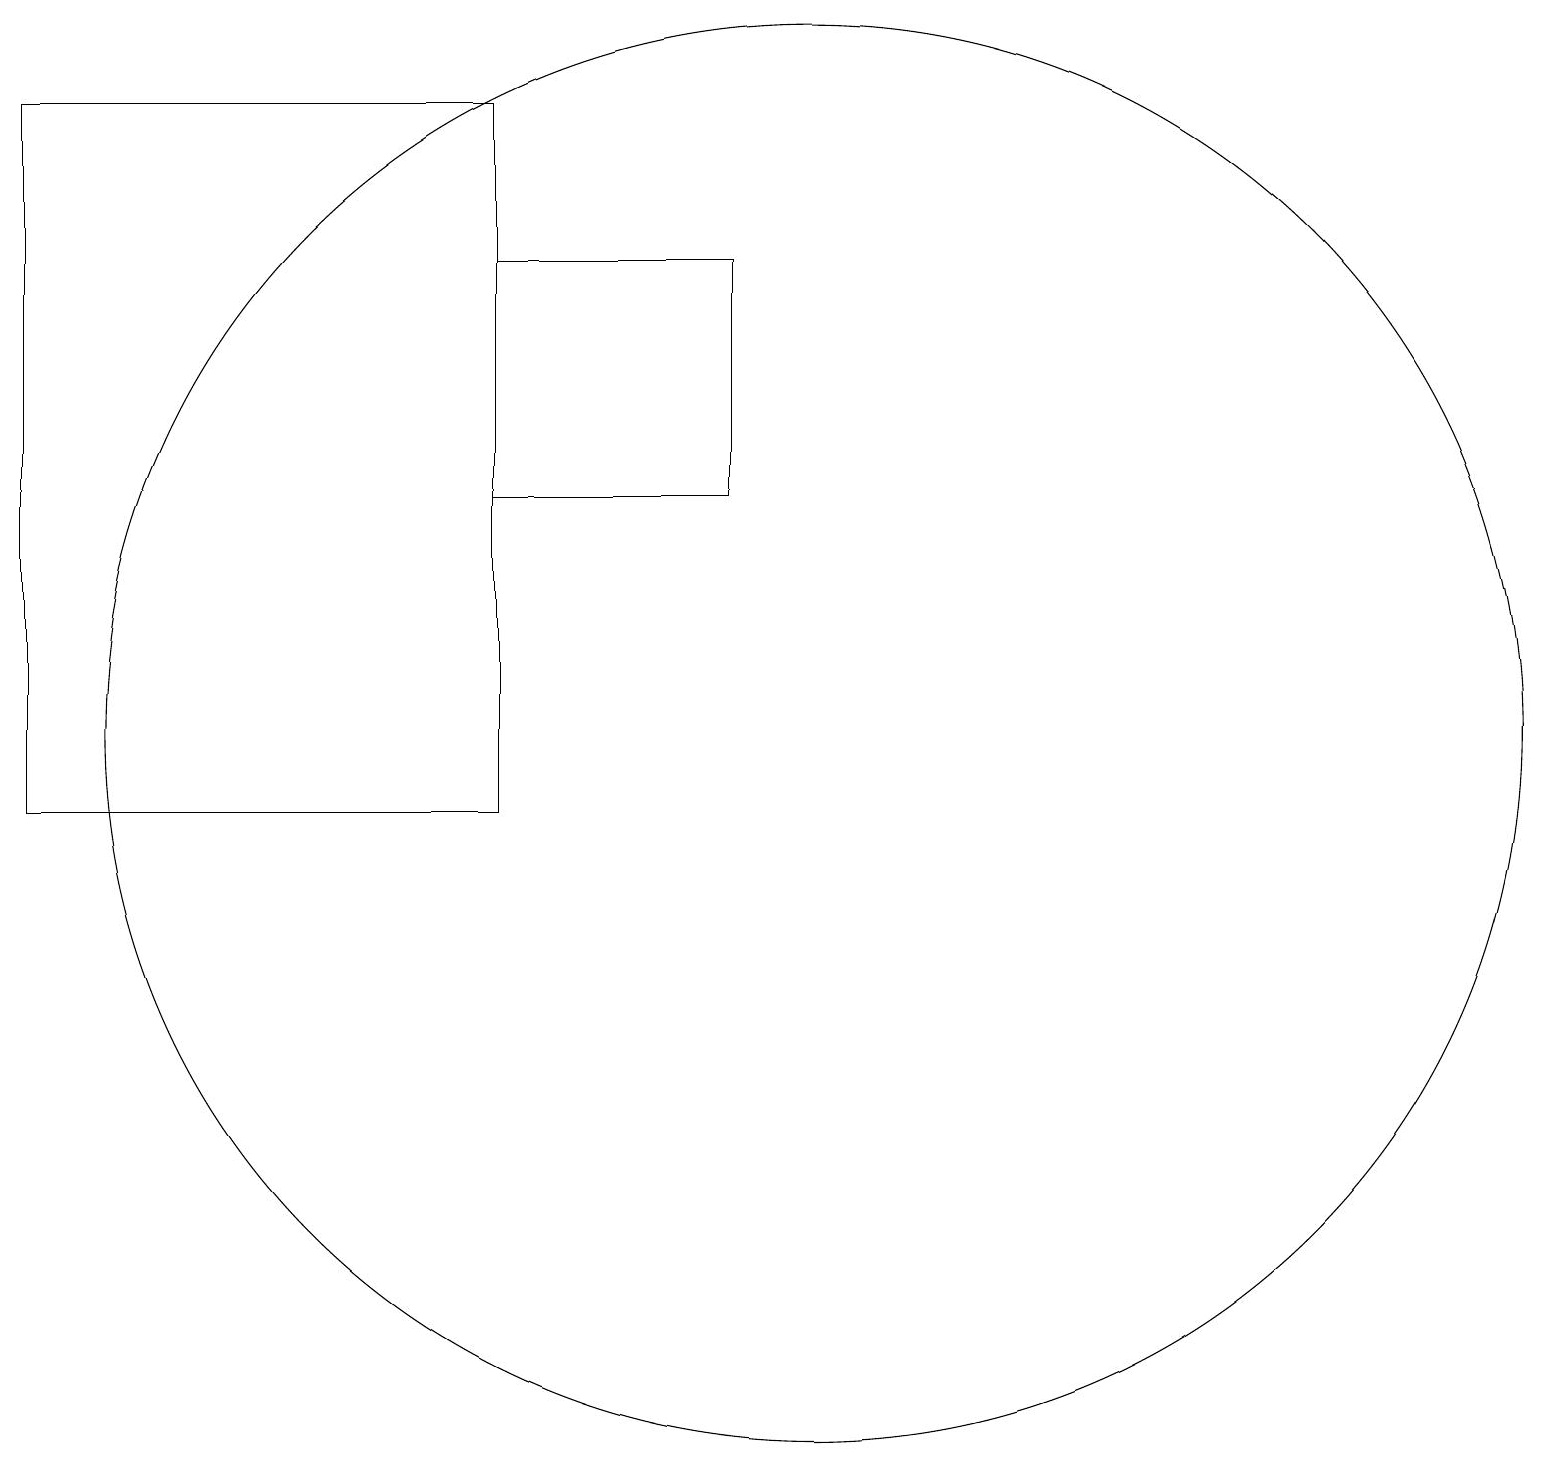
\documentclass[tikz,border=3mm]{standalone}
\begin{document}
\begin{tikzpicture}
\draw (6,10) rectangle (0,19);
\draw (10,11) circle (9);
\draw (9,14) rectangle (6,17);
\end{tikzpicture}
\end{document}